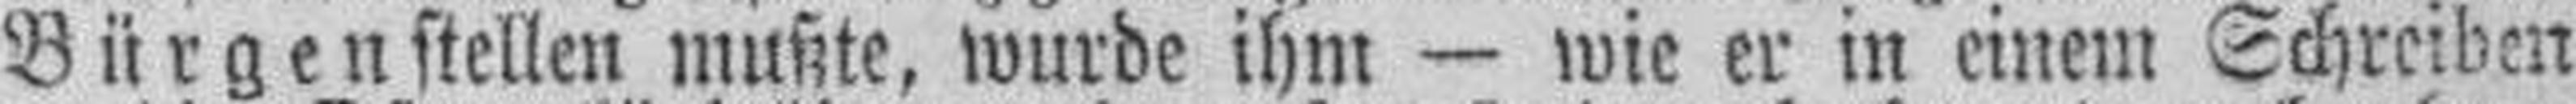
Bürgen stellen mußte, wurde ihm — wie er in einem Schreiben